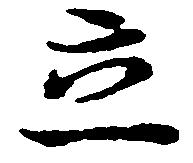
立